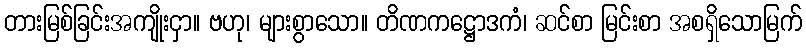
တားမြစ်ခြင်းအကျိုးငှာ။ ဗဟု၊ များစွာသော။ တိဏကဋ္ဌောဒကံ၊ ဆင်စာ မြင်းစာ အစရှိသောမြက်